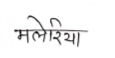
मजकूर: मलेरिया